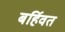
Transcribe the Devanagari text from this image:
बर्हिवत